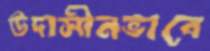
উদাসীনভাবে